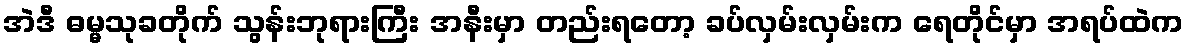
အဲဒီ ဓမ္မသုခတိုက် သွန်းဘုရားကြီး အနီးမှာ တည်းရတော့ ခပ်လှမ်းလှမ်းက ရေတိုင်မှာ အရပ်ထဲက